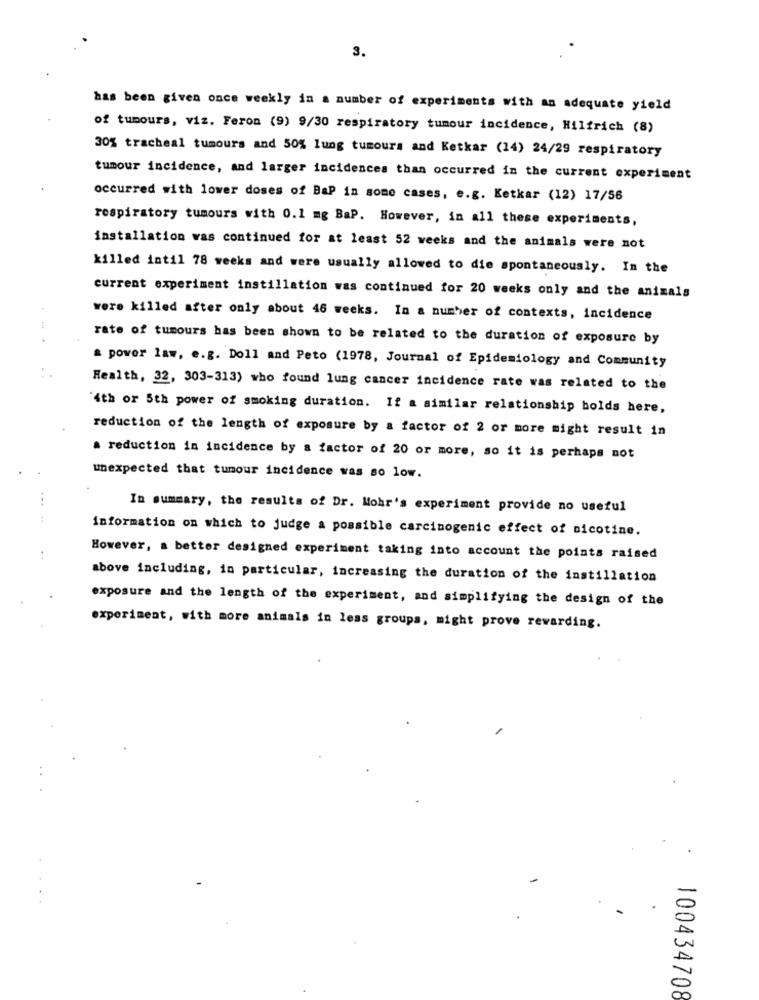
3.
has been given once weekly in a number of experiments with an adequate yield
of tumours, viz. Feron (9) 9/30 respiratory tumour incidence, Hilfrich (8)
30% tracheal tumours and 50% lung tumours and Ketkar (14) 24/29 respiratory
tumour incidence, and larger incidences than occurred in the current experiment
occurred with lower doses of BaP in some cases, e.g. Ketkar (12) 17/56
respiratory tumours with 0.1 mg BaP. However, in all these experiments,
installation was continued for at least 52 weeks and the animals were not
killed intil 78 weeks and were usually allowed to die spontaneously. In the
current experiment instillation was continued for 20 weeks only and the animals
were killed after only about 46 weeks. In a number of contexts, incidence
rate of tumours has been shown to be related to the duration of exposure by
a power law, e.g. Doll and Peto (1978, Journal of Epidemiology and Community
Health, 32, 303-313) who found lung cancer incidence rate was related to the
4th or 5th power of smoking duration. If a similar relationship bolds here,
reduction of the length of exposure by a factor of 2 or more might result in
a reduction in incidence by a factor of 20 or more, so it is perhaps not
unexpected that tumour incidence was so low.
In summary, the results of Dr. Mohr's experiment provide no useful
information on which to judge a possible carcinogenic effect of nicotine.
However, a better designed experiment taking into account the points raised
above including, in particular, increasing the duration of the instillation
exposure and the length of the experiment, and simplifying the design of the
experiment, with more animals in less groups, might prove rewarding.
100434708